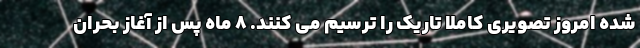
شده امروز تصویری کاملاً تاریک را ترسیم می کنند. ۸ ماه پس از آغاز بحران